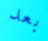
بعد